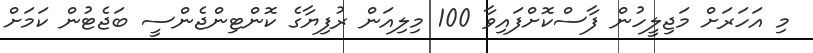
މި އަހަރަށް މަޖިލީހުން ފާސްކޮށްފައިވާ 100 މިލިއަން ރުފިޔާގެ ކޮންޓިންޖެންސީ ބަޖެޓުން ކަމަށް